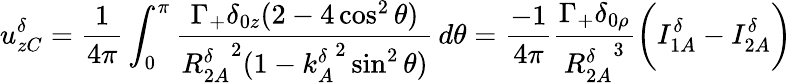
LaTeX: u_{zC}^{\delta}=\frac{1}{4\pi}\int_{0}^{\pi}\frac{\Gamma_{+}\delta_{0z}(2-4\cos^{2}\theta)}{{R_{2A}^{\delta}}^{2}(1-{k_{A}^{\delta}}^{2}\sin^{2}\theta)}\, d\theta=\frac{-1}{4\pi}\frac{\Gamma_{+}\delta_{0\rho}}{{R_{2A}^{\delta}}^{3}}\bigg(I_{1A}^{\delta}-I_{2A}^{\delta}\bigg)